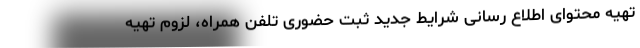
تهیه محتوای اطلاع رسانی شرایط جدید ثبت حضوری تلفن همراه، لزوم تهیه